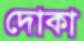
দোকা